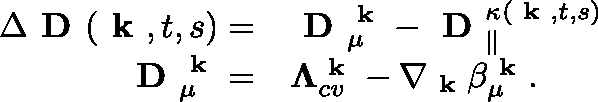
\begin{array} { r l } { \Delta \textbf { D } ( \textbf { k } , t , s ) = } & { \textbf { D } _ { \mu } ^ { \textbf { k } } - \textbf { D } _ { \| } ^ { \kappa ( \textbf { k } , t , s ) } } \\ { \textbf { D } _ { \mu } ^ { \textbf { k } } = } & { \mathbf { \Lambda } _ { c v } ^ { \textbf { k } } - \nabla _ { \textbf { k } } \beta _ { \mu } ^ { \textbf { k } } . } \end{array}